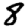
Digit: 8